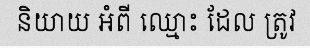
និយាយ អំពី ឈ្មោះ ដែល ត្រូវ